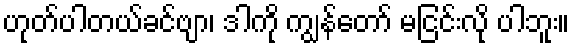
ဟုတ်ပါတယ်ခင်ဗျာ၊ ဒါကို ကျွန်တော် မငြင်းလို ပါဘူး။